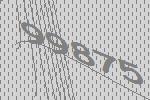
99875